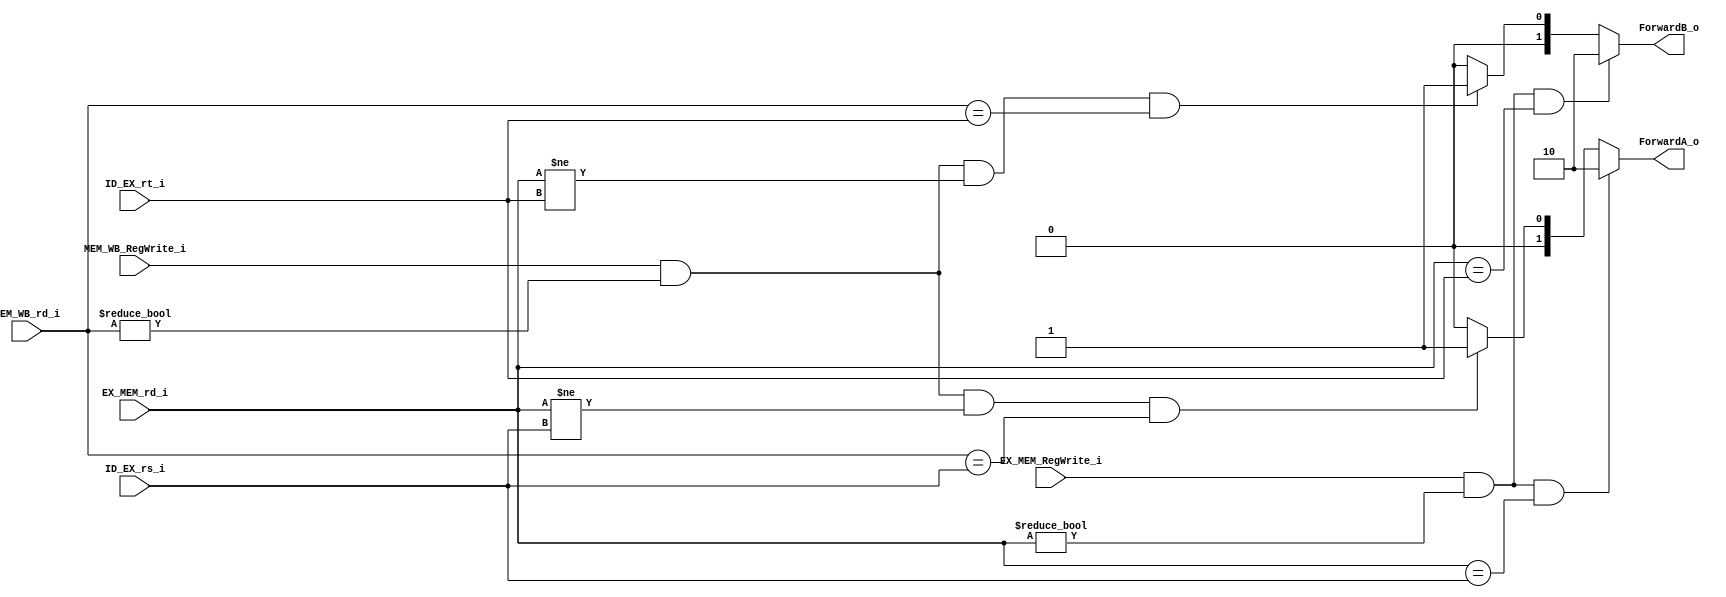
/******************************************************************
					// Mdulo de la Forwarding Unit  //
* Description: Aqu solucionamos la dependencia de datos ya que, 
* cuando una instruccin quiere leer un registro que est en la 
* instruccin anterior, por las etapas del pipeline todava no se
* escribe el nuevo dato pero en la etapa en que nosotros ya sabemos
* el resultado se lo pasamos para que opere con l.

******************************************************************/

module ForwardingUnit
(					// Nombres en el TOP:
	input [4:0] ID_EX_rs_i,			// ID_EX_rs_wire
	input [4:0] ID_EX_rt_i,			// ID_EX_rt_wire
	input [4:0] EX_MEM_rd_i,		// EX_MEM_WriteRegister_wire
	input [4:0] MEM_WB_rd_i,		// MEM_WB_WriteRegister_wire
	input EX_MEM_RegWrite_i, 			// EX_MEM_RegWrite_wire
	input MEM_WB_RegWrite_i,			// MEM_WB_RegWrite_wire
	
	output reg [1:0] ForwardA_o,	// selector de mux
	output reg [1:0] ForwardB_o	// selector de mux

);
//

always@(*)begin

	if 		(	(EX_MEM_RegWrite_i) && (EX_MEM_rd_i != 0) && (EX_MEM_rd_i == ID_EX_rs_i)	)
		begin
			 ForwardA_o = 2'b10;	// 2 en binario para selector
		end
	else if  (	(MEM_WB_RegWrite_i) && (MEM_WB_rd_i != 0) && (EX_MEM_rd_i != ID_EX_rs_i) && (MEM_WB_rd_i == ID_EX_rs_i) )
		begin
			 ForwardA_o = 2'b01;	// 1 en bin para sel
		end
	else // ELSE
		begin 
			 ForwardA_o = 2'b00;	// 0 en bin	"No hay Hazard (dependencia) de datos"
		end

		
	
	if 		(	(EX_MEM_RegWrite_i) && (EX_MEM_rd_i != 0) && (EX_MEM_rd_i == ID_EX_rt_i)	)
		begin
			 ForwardB_o = 2'b10;	// 2 en binario para selector
		end
	else if  (	(MEM_WB_RegWrite_i) && (MEM_WB_rd_i != 0) && (EX_MEM_rd_i != ID_EX_rt_i) && (MEM_WB_rd_i == ID_EX_rt_i) )
		begin
			 ForwardB_o = 2'b01;	// 1 en bin para sel
		end
		
	else	// ELSE
		begin

			 ForwardB_o = 2'b00;	// 0 en bin	" No hay Hazard "
		end
end
//

endmodule